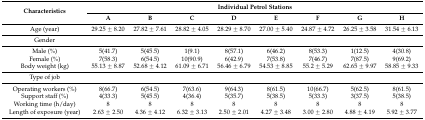
<table><thead><tr><td rowspan="2"><b>Characteristics</b></td><td colspan="8"><b>Individual Petrol Stations</b></td></tr><tr><td><b>A</b></td><td><b>B</b></td><td><b>C</b></td><td><b>D</b></td><td><b>E</b></td><td><b>F</b></td><td><b>G</b></td><td><b>H</b></td></tr></thead><tbody><tr><td>Age (year)</td><td>29.25 ± 8.20</td><td>27.82 ± 7.61</td><td>28.82 ± 4.05</td><td>28.29 ± 8.70</td><td>27.00 ± 5.40</td><td>24.87 ± 4.72</td><td>26.25 ± 3.58</td><td>31.54 ± 6.13</td></tr><tr><td>Gender</td><td></td><td></td><td></td><td></td><td></td><td></td><td></td><td></td></tr><tr><td>Male (%)</td><td>5(41.7)</td><td>5(45.5)</td><td>1(9.1)</td><td>8(57.1)</td><td>6(46.2)</td><td>8(53.3)</td><td>1(12.5)</td><td>4(30.8)</td></tr><tr><td>Female (%)</td><td>7(58.3)</td><td>6(54.5)</td><td>10(90.9)</td><td>6(42.9)</td><td>7(53.8)</td><td>7(46.7)</td><td>7(87.5)</td><td>9(69.2)</td></tr><tr><td>Body weight (kg)</td><td>55.13 ± 8.87</td><td>52.68 ± 4.12</td><td>61.09 ± 6.71</td><td>56.46 ± 6.79</td><td>54.53 ± 8.85</td><td>55.2 ± 5.29</td><td>62.65 ± 9.97</td><td>58.85 ± 9.33</td></tr><tr><td>Type of job</td><td></td><td></td><td></td><td></td><td></td><td></td><td></td><td></td></tr><tr><td>Operating workers (%)</td><td>8(66.7)</td><td>6(54.5)</td><td>7(63.6)</td><td>9(64.3)</td><td>8(61.5)</td><td>10(66.7)</td><td>5(62.5)</td><td>8(61.5)</td></tr><tr><td>Support staff (%)</td><td>4(33.3)</td><td>5(45.5)</td><td>4(36.4)</td><td>5(35.7)</td><td>5(38.5)</td><td>5(33.3)</td><td>3(37.5)</td><td>5(38.5)</td></tr><tr><td>Working time (h/day)</td><td>8</td><td>8</td><td>8</td><td>8</td><td>8</td><td>8</td><td>8</td><td>8</td></tr><tr><td>Length of exposure (year)</td><td>2.63 ± 2.50</td><td>4.36 ± 4.12</td><td>6.32 ± 3.13</td><td>2.50 ± 2.01</td><td>4.27 ± 3.48</td><td>3.00 ± 2.80</td><td>4.88 ± 4.19</td><td>5.92 ± 3.77</td></tr></tbody></table>